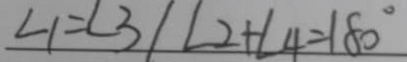
\angle 1 = \angle 3 \vert \angle 2 + \angle 4 = 1 8 0 ^ { \circ }